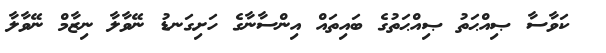
ކަވާސާ ޞިއްޙަތު ޞިއްޙަތުގެ ބައިތައް އިންސާނާގެ ހަށިގަނޑު ނޭވާލާ ނިޒާމް ނޭވާލާ